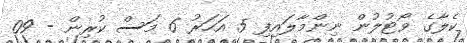
ކެލާގެ ވޯޓުލުން ނިންމާލައިފި 5 އަހަރު 6 މަސް ކުރިން - 09